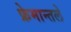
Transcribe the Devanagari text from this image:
फ्रेमान्तले